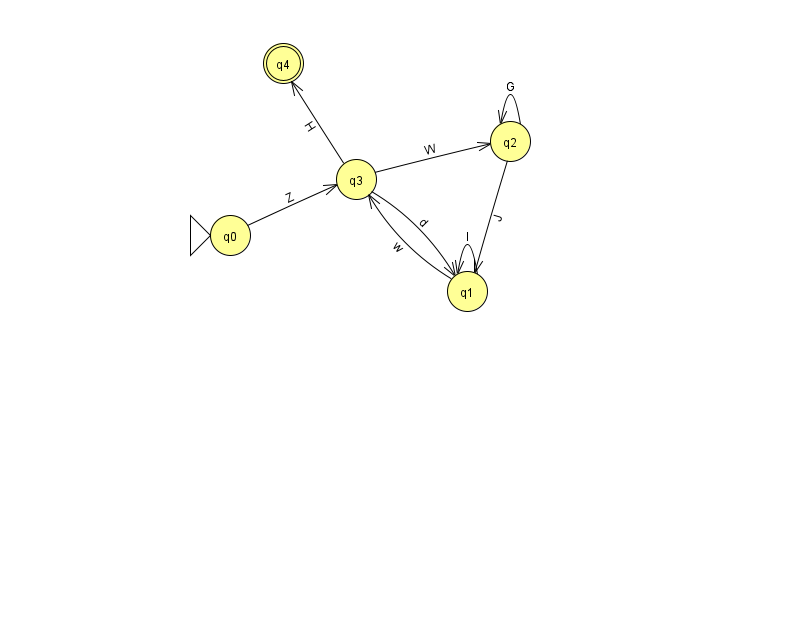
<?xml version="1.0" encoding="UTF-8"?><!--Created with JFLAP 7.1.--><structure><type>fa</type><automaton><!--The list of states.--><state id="0" name="q0"><x>230.0</x><y>222.0</y><initial/></state><state id="1" name="q1"><x>467.0</x><y>278.0</y></state><state id="2" name="q2"><x>510.0</x><y>128.0</y></state><state id="3" name="q3"><x>356.0</x><y>166.0</y></state><state id="4" name="q4"><x>283.0</x><y>50.0</y><final/></state><!--The list of transitions.--><transition><from>3</from><to>1</to><read>d</read></transition><transition><from>3</from><to>4</to><read>H</read></transition><transition><from>3</from><to>2</to><read>W</read></transition><transition><from>1</from><to>3</to><read>w</read></transition><transition><from>2</from><to>2</to><read>G</read></transition><transition><from>1</from><to>1</to><read>I</read></transition><transition><from>0</from><to>3</to><read>Z</read></transition><transition><from>2</from><to>1</to><read>J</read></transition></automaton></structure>